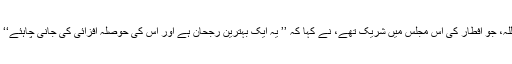
ڈوڈہ ڈسٹرکٹ سے کسی سرکاری کام سے سرینگر آئے ایک شخص عنایت اللہ، جو افطار کی اس مجلس میں شریک تھے، نے کہا کہ ’’ یہ ایک بہترین رجحان ہے اور اس کی حوصلہ افزائی کی جانی چاہئے‘‘ اجتماعی افطاری کا یہ انتظام اب شہر سرینگرکی کئی مساجد میں ہو رہا ہے۔